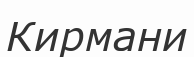
Кирмани